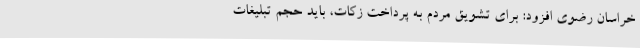
خراسان رضوی افزود: برای تشویق مردم به پرداخت زکات، باید حجم تبلیغات